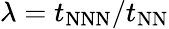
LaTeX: \lambda=t_{\mathrm{NNN}}/t_{\mathrm{NN}}